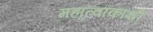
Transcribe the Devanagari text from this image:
महात्वाकांक्षी